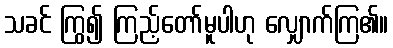
သခင် ကြွ၍ ကြည့်တော်မူပါဟု လျှောက်ကြ၏။